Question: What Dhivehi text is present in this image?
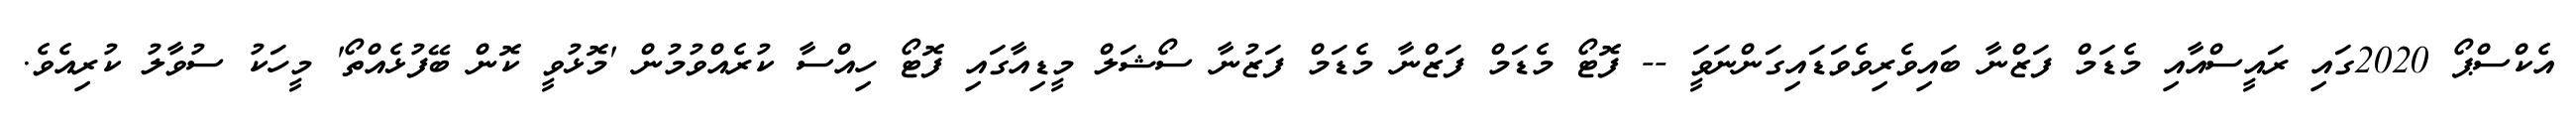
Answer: އެކްސްޕޯ 2020ގައި ރައީސްއާއި މެޑަމް ފަޒްނާ ބައިވެރިވެވަޑައިގަންނަވަީ -- ފޮޓޯ މެޑަމް ފަޒްނާ މެޑަމް ފަޒުނާ ސޯޝަލް މީޑިއާގައި ފޮޓޯ ހިއްސާ ކުރެއްވުމުން 'މޮޅުވީ ކޮން ބޭފުޅެއްތޯ' މީހަކު ސުވާލު ކުރިއެވެ.